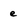
Character: e